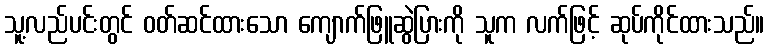
သူ့လည်ပင်းတွင် ဝတ်ဆင်ထားသော ကျောက်ဖြူဆွဲပြားကို သူက လက်ဖြင့် ဆုပ်ကိုင်ထားသည်။